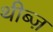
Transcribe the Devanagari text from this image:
थीब्ज़